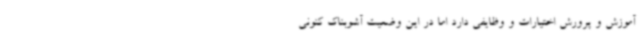
آموزش و پرورش اختیارات و وظایفی دارد اما در این وضعیت آشوبناک کنونی